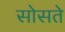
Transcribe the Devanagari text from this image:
सोसते